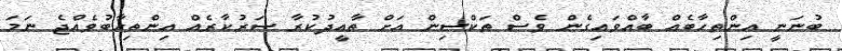
ބުނަނީ އިންތިހާބެއް ބާއްވައިގެން ވެސް ތަކްސިން އަށް ތާއީދުކުރާ ސަރުކާރެއް އިންތިހާބުވެއްޖެ ނަމަ